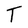
Character: T